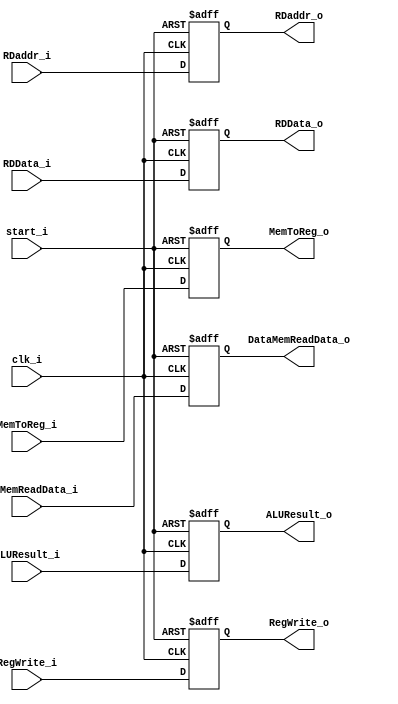
`timescale 1ns / 1ps

module MEM_WB(
	clk_i,
	start_i,
	ALUResult_i,
	RDData_i,
	RDaddr_i,
	RegWrite_i,
	MemToReg_i,
	DataMemReadData_i,
	ALUResult_o,
	RDData_o,
	RDaddr_o,
	RegWrite_o,
	MemToReg_o,
	DataMemReadData_o
);

input	clk_i, RegWrite_i, MemToReg_i, start_i;
input	[31:0]	ALUResult_i, RDData_i, DataMemReadData_i;
input	[4:0]	RDaddr_i;

output	 RegWrite_o, MemToReg_o;
output	[31:0]	ALUResult_o, RDData_o, DataMemReadData_o;

reg	 RegWrite_o, MemToReg_o;
reg	[31:0]	ALUResult_o, RDData_o, DataMemReadData_o;
output reg	[4:0]	RDaddr_o;

always@(posedge clk_i or negedge start_i) begin
	if(~start_i) begin
		ALUResult_o <= 0;
		RDData_o <= 0;
		RDaddr_o <= 0;
		RegWrite_o <= 0;
		MemToReg_o <= 0;
		DataMemReadData_o<=0;
	end
	else begin
		ALUResult_o <= ALUResult_i;
		RDData_o <= RDData_i;
		RDaddr_o <= RDaddr_i;
		RegWrite_o <= RegWrite_i;
		MemToReg_o <= MemToReg_i;
		DataMemReadData_o <= DataMemReadData_i;
	end
end

endmodule